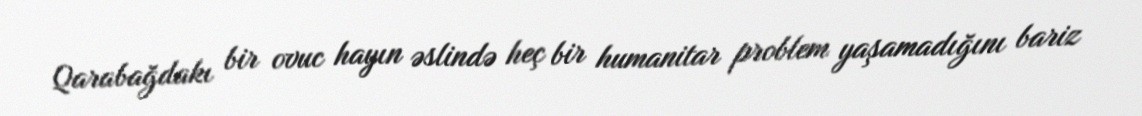
Qarabağdakı bir ovuc hayın əslində heç bir humanitar problem yaşamadığını bariz